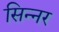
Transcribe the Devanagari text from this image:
सिन्‍नर